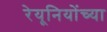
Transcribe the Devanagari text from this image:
रेयूनियोंच्या